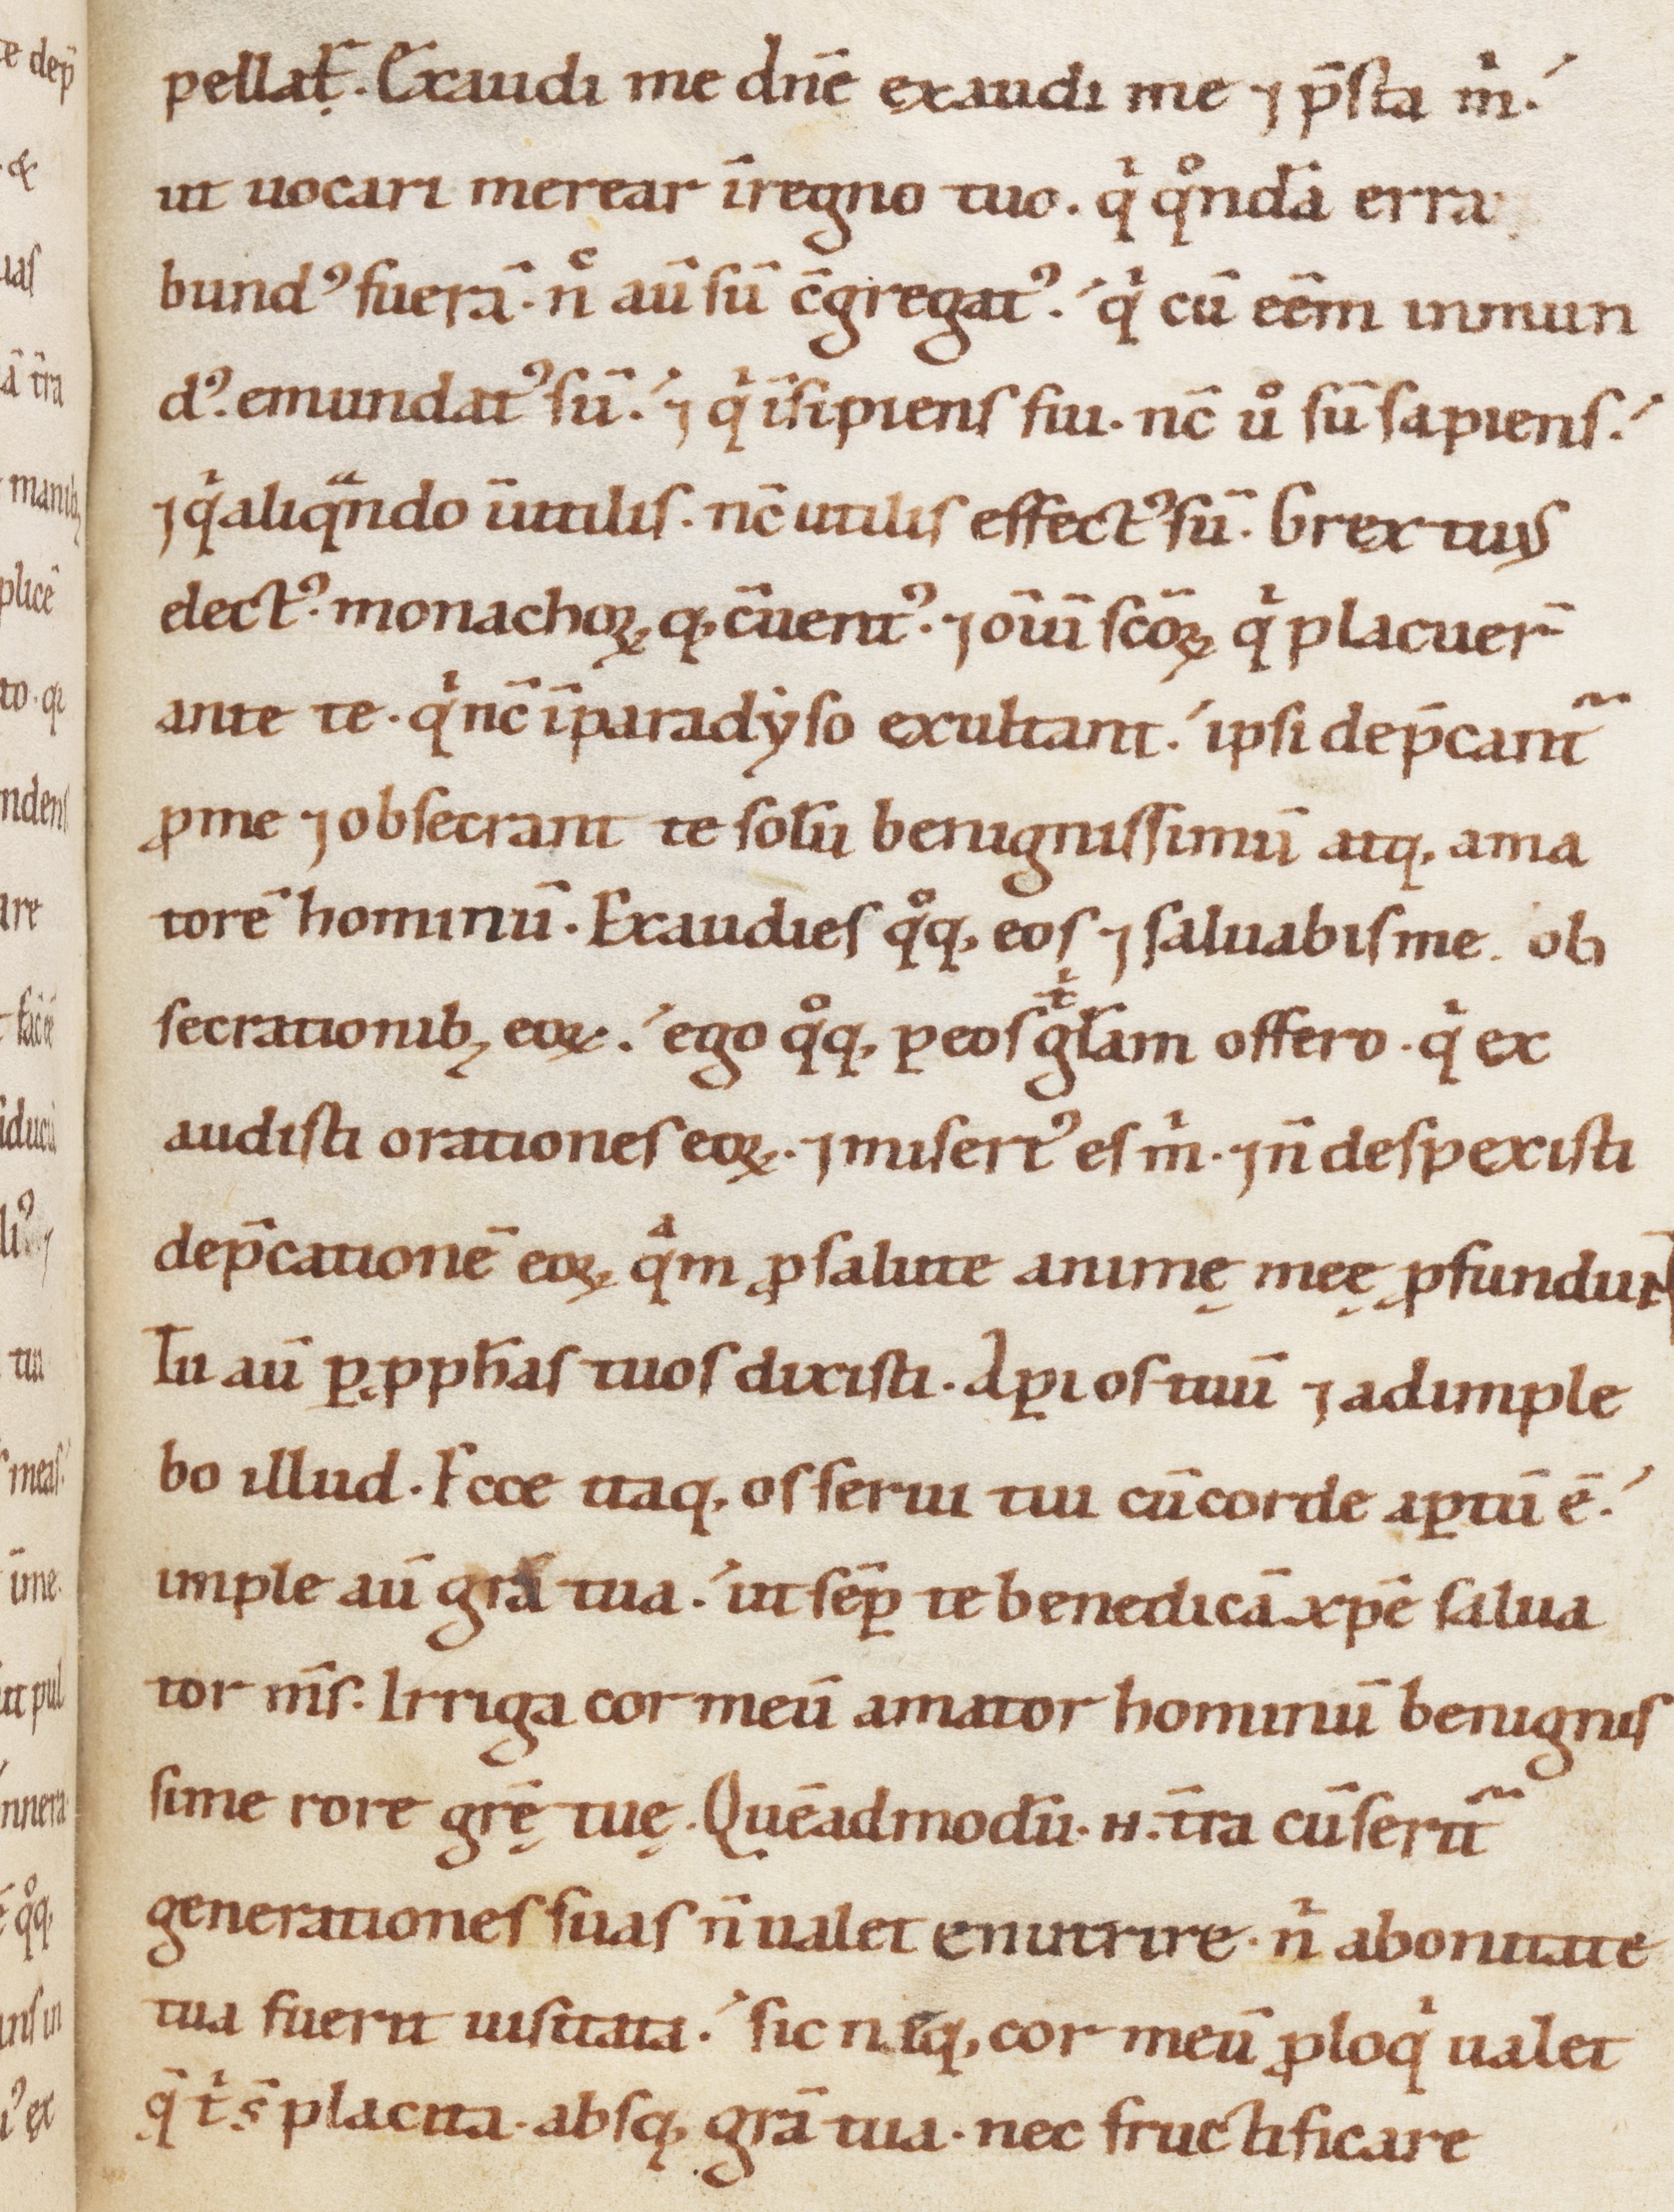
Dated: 1100–1199